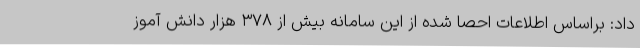
داد: براساس اطلاعات احصا شده از این سامانه بیش از ۳۷۸ هزار دانش آموز